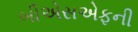
બીએસએફની